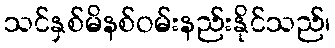
သင်နှစ်မိနစ်ဝမ်းနည်းနိုင်သည်၊